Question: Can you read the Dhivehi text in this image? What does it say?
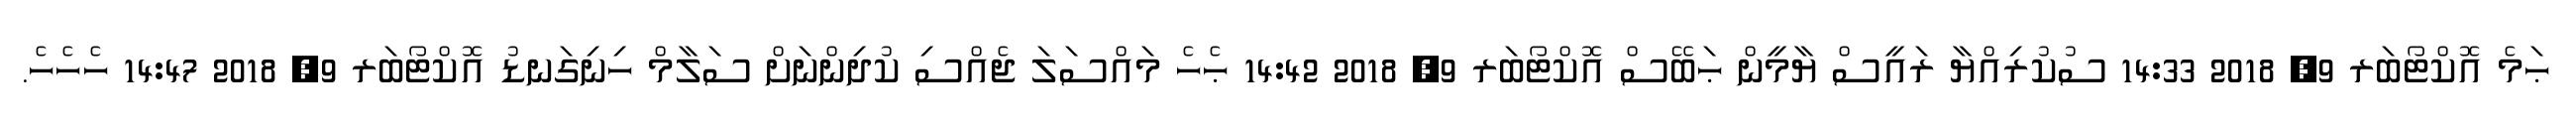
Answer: ޙަމެ އޮކްޓޯބަރ 9, 2018 14:33 ސުކުރިއްޔާ ރައީސް ޔާމީން ޙަބޭސް އޮކްޓޯބަރ 9, 2018 14:42 ޙެހެ މައްސަލަ ޖެއްސި ކުދިންނަށް ސަލާމް ހިނިގަނޑު އޮކްޓޯބަރ 9, 2018 14:47 ހެހެހެ.